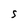
Character: S